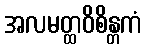
အလမတ္ထဝိစိန္တကံ